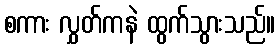
စကား လွှတ်ကနဲ ထွက်သွားသည်။